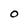
Character: O